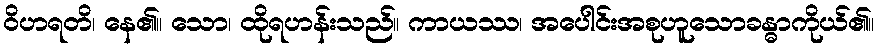
ဝိဟရတိ၊ နေ၏။ သော၊ ထိုရဟန်းသည်။ ကာယဿ၊ အပေါင်းအစုဟူသောခန္ဓာကိုယ်၏။